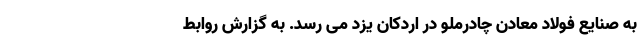
به صنایع فولاد معادن چادرملو در اردکان یزد می رسد. به گزارش روابط